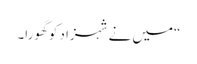
“میں نے شہزاد کو گھورا۔